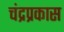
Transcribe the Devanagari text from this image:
चंद्रप्रकास